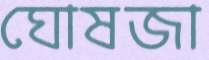
ঘোষজা